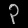
Digit: ၃